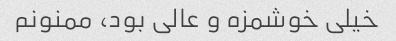
خیلی خوشمزه و عالی بود، ممنونم